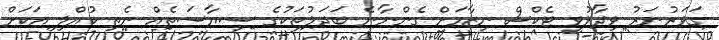
ގަވަރުނަރު ވިދާޅުވީ ޓެކްސް ނިޒާމަށް ގެންނާނެ ބަދަލުތަކުގެ ސިޔާސަތެއް ނެތި ކުއްލި އަކަށް